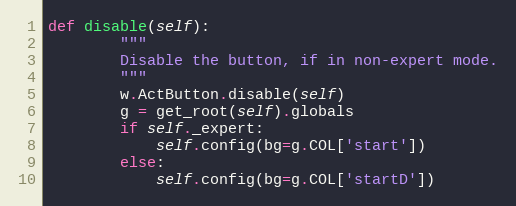
Language: Python
def disable(self):
        """
        Disable the button, if in non-expert mode.
        """
        w.ActButton.disable(self)
        g = get_root(self).globals
        if self._expert:
            self.config(bg=g.COL['start'])
        else:
            self.config(bg=g.COL['startD'])